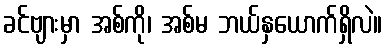
ခင်ဗျားမှာ အစ်ကို၊ အစ်မ ဘယ်နှယောက်ရှိလဲ။